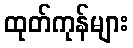
ထုတ်ကုန်များ